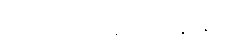
သာရိပုတ္တမောဂ္ဂလ္လာနာနမ္ပိ